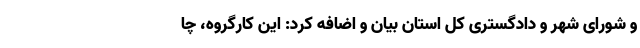
و شورای شهر و دادگستری کل استان بیان و اضافه کرد: این کارگروه، چا